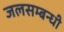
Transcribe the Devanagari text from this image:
जलसम्बन्धी